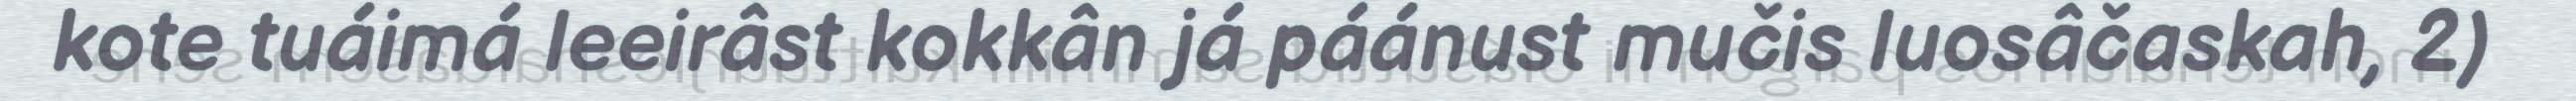
kote tuáimá leeirâst kokkân já páánust mučis luosâčaskah, 2)